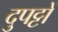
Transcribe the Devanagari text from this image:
दुपट्टों